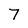
Character: 7